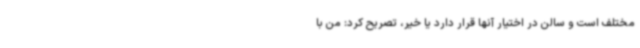
مختلف است و سالن در اختیار آنها قرار دارد یا خیر، تصریح کرد: من با